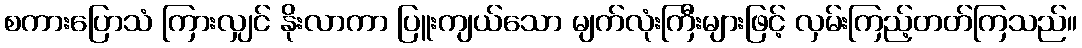
စကားပြောသံ ကြားလျှင် နိုးလာကာ ပြူးကျယ်သော မျက်လုံးကြီးများဖြင့် လှမ်းကြည့်တတ်ကြသည်။